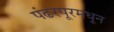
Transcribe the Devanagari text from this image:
पंढरपूरमधून